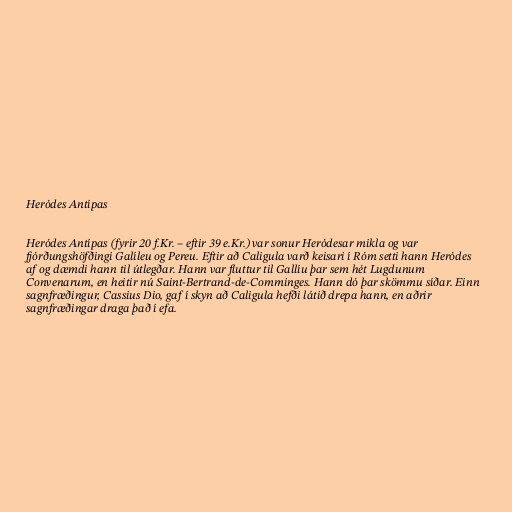
Heródes Antípas

Heródes Antípas (fyrir 20 f.Kr. – eftir 39 e.Kr.) var sonur Heródesar mikla og var
fjórðungshöfðingi Galíleu og Pereu. Eftir að Caligula varð keisari í Róm setti hann Heródes
af og dæmdi hann til útlegðar. Hann var fluttur til Gallíu þar sem hét Lugdunum
Convenarum, en heitir nú Saint-Bertrand-de-Comminges. Hann dó þar skömmu síðar. Einn
sagnfræðingur, Cassius Dio, gaf í skyn að Caligula hefði látið drepa hann, en aðrir
sagnfræðingar draga það í efa.